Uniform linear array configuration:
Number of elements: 64
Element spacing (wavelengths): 1
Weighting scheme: uniform
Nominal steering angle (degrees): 45
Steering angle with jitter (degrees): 46.354
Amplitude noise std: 0.05
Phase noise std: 0.05

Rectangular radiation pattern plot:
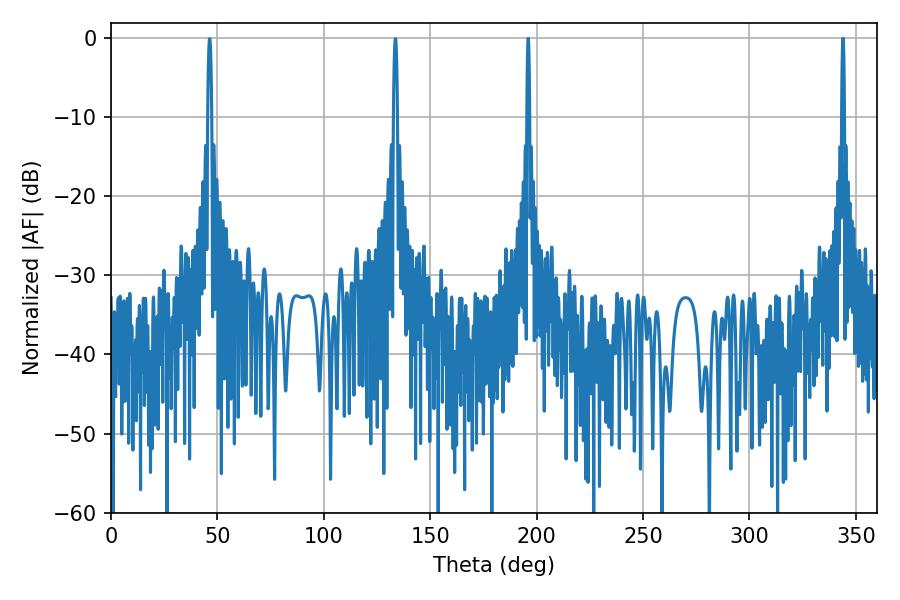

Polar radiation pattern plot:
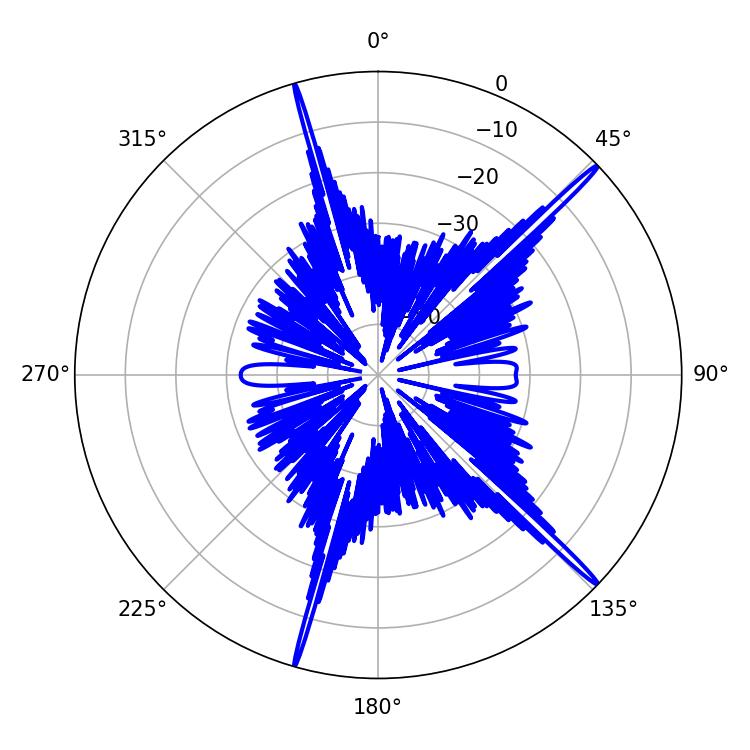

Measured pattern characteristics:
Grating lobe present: TRUE
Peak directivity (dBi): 19.244
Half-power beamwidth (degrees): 0.72
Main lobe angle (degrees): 196.02